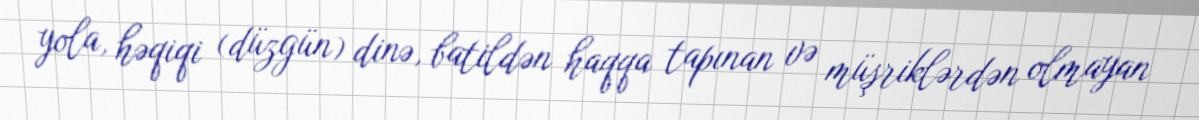
yola, həqiqi (düzgün) dinə, batildən haqqa tapınan və müşriklərdən olmayan